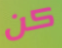
كن